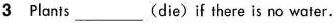
3 Plants ___ (die) if there is no water.